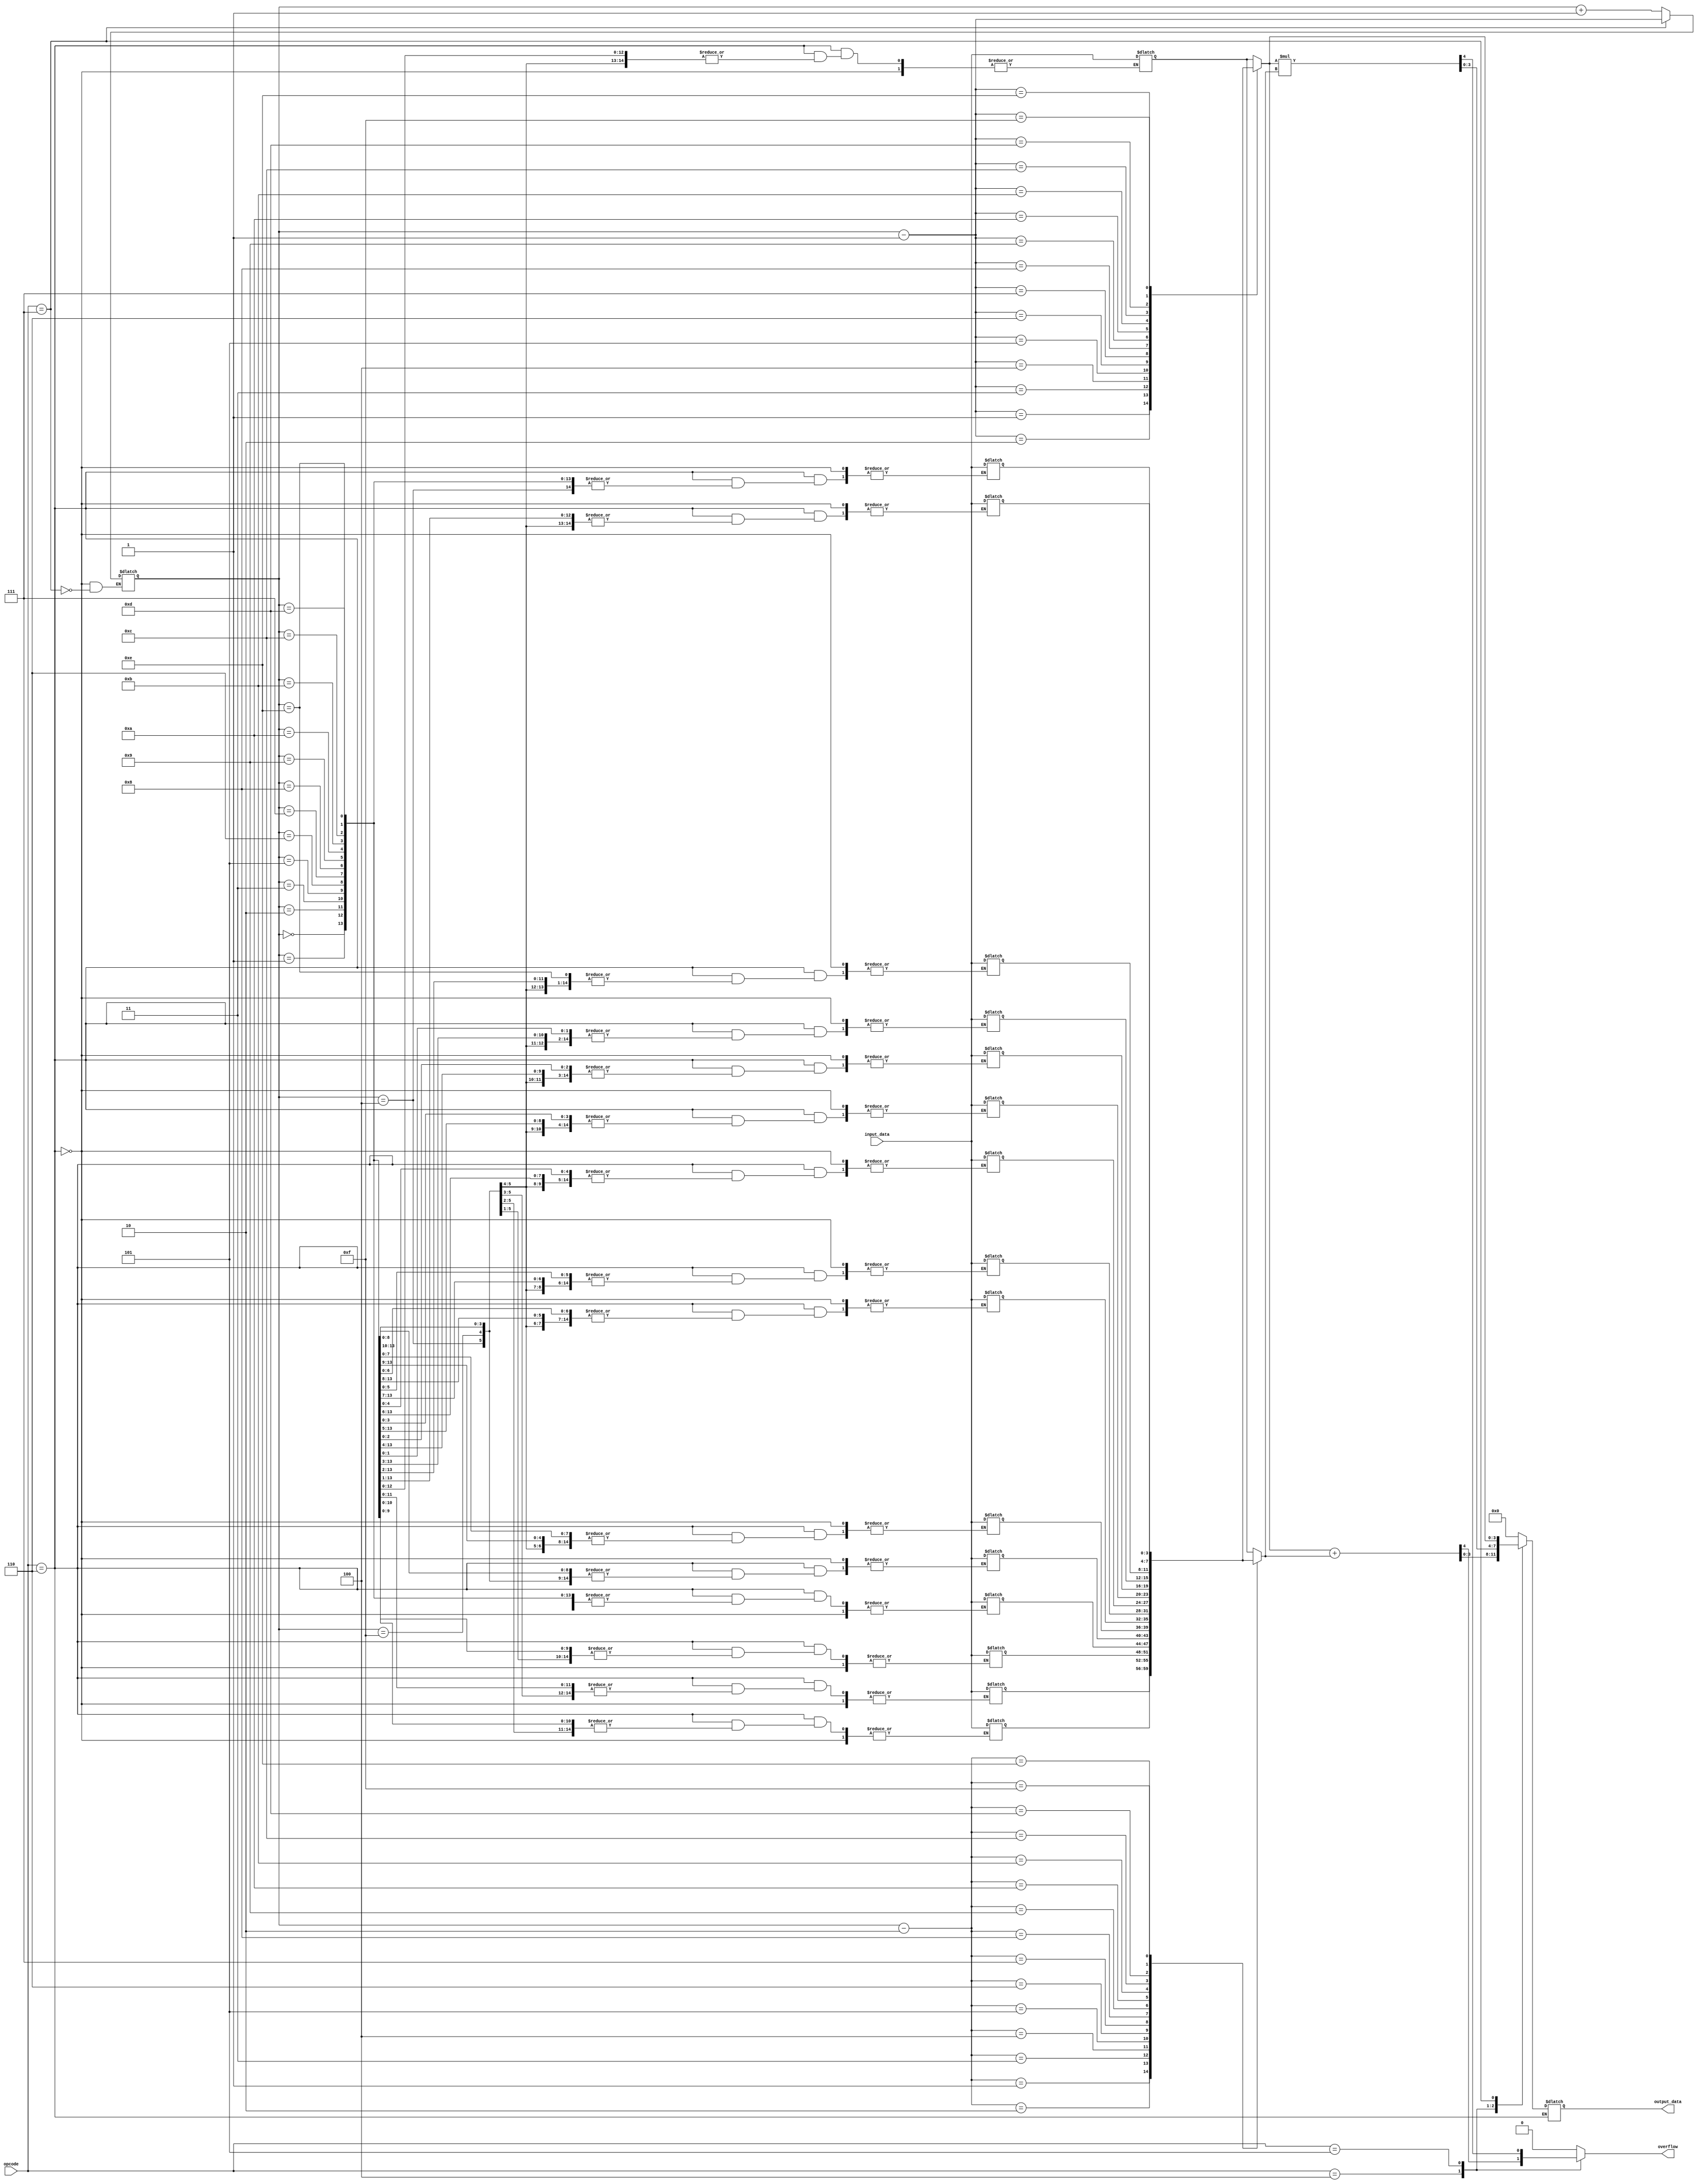
module STACK_BASED_ALU #(parameter n = 4) (
    input [n-1:0] input_data,
    input [2:0] opcode,
    output reg [n-1:0] output_data,
    output reg overflow
);

    reg [n-1:0] stack [0:15]; // A simple stack of 16 elements
    reg [3:0] sp; // Stack pointer
    
    initial begin
        sp = 0;
    end

    always @(*) begin
        overflow = 0;
        case(opcode)
            3'b100: begin // Addition
                {overflow, output_data} = stack[sp-1] + stack[sp-2];
            end
            3'b101: begin // Multiply
                {overflow, output_data} = stack[sp-1] * stack[sp-2];
            end
            3'b110: begin // PUSH
                stack[sp] = input_data;
                sp = sp + 1;
            end
            3'b111: begin // POP
                sp = sp - 1;
                output_data = stack[sp];
            end
            default: begin
                output_data = 0;
            end
        endcase
    end

endmodule